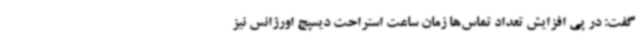
گفت: در پی افزایش تعداد تماس‌ها زمان ساعت استراحت دیسپج اورژانس نیز